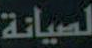
لصيانة